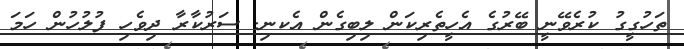
ތަހުގީގު ކުރެވޭނީ ބޭރުގެ އެހީތެރިކަން ލިބިގެން އެކނި. ސަރުކާރާ ދިވެހި ފުލުހުން ހަމަ